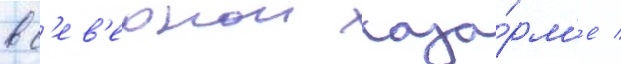
в с'ев'ернои каза́рм'е /